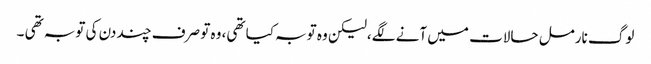
لوگ نارمل حالات میں آنے لگے،لیکن وہ توبہ کیا تھی، وہ تو صرف چند دن کی توبہ تھی ۔